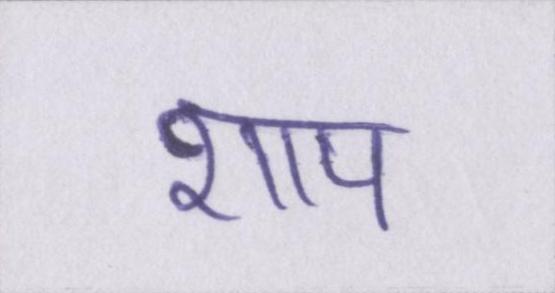
शाप